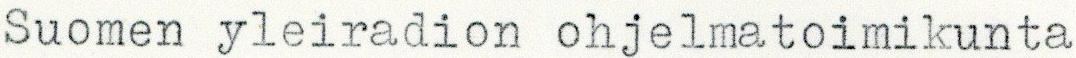
Suomen yleiradion ohjelmatoimikunta